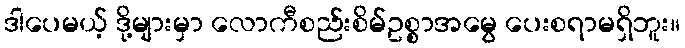
ဒါပေမယ့် ဒို့များမှာ လောကီစည်းစိမ်ဥစ္စာအမွေ ပေးစရာမရှိဘူး။